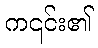
က၎င်း၏